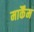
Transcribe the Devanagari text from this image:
मार्कैंम